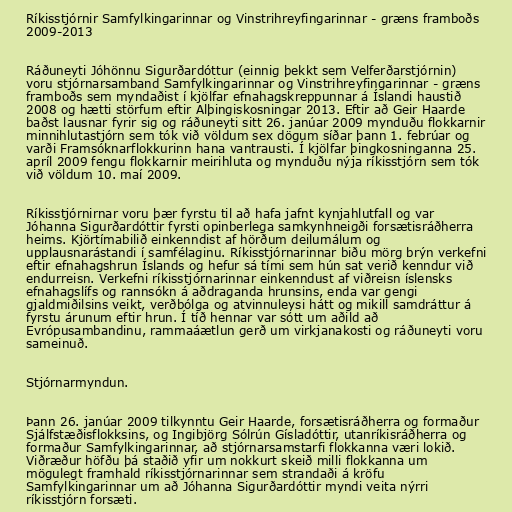
Ríkisstjórnir Samfylkingarinnar og Vinstrihreyfingarinnar - græns framboðs
2009-2013

Ráðuneyti Jóhönnu Sigurðardóttur (einnig þekkt sem Velferðarstjórnin)
voru stjórnarsamband Samfylkingarinnar og Vinstrihreyfingarinnar - græns
framboðs sem myndaðist í kjölfar efnahagskreppunnar á Íslandi haustið
2008 og hætti störfum eftir Alþingiskosningar 2013. Eftir að Geir Haarde
baðst lausnar fyrir sig og ráðuneyti sitt 26. janúar 2009 mynduðu flokkarnir
minnihlutastjórn sem tók við völdum sex dögum síðar þann 1. febrúar og
varði Framsóknarflokkurinn hana vantrausti. Í kjölfar þingkosninganna 25.
apríl 2009 fengu flokkarnir meirihluta og mynduðu nýja ríkisstjórn sem tók
við völdum 10. maí 2009.

Ríkisstjórnirnar voru þær fyrstu til að hafa jafnt kynjahlutfall og var
Jóhanna Sigurðardóttir fyrsti opinberlega samkynhneigði forsætisráðherra
heims. Kjörtímabilið einkenndist af hörðum deilumálum og
upplausnarástandi í samfélaginu. Ríkisstjórnarinnar biðu mörg brýn verkefni
eftir efnahagshrun Íslands og hefur sá tími sem hún sat verið kenndur við
endurreisn. Verkefni ríkisstjórnarinnar einkenndust af viðreisn íslensks
efnahagslífs og rannsókn á aðdraganda hrunsins, enda var gengi
gjaldmiðilsins veikt, verðbólga og atvinnuleysi hátt og mikill samdráttur á
fyrstu árunum eftir hrun. Í tíð hennar var sótt um aðild að
Evrópusambandinu, rammaáætlun gerð um virkjanakosti og ráðuneyti voru
sameinuð.

Stjórnarmyndun.

Þann 26. janúar 2009 tilkynntu Geir Haarde, forsætisráðherra og formaður
Sjálfstæðisflokksins, og Ingibjörg Sólrún Gísladóttir, utanríkisráðherra og
formaður Samfylkingarinnar, að stjórnarsamstarfi flokkanna væri lokið.
Viðræður höfðu þá staðið yfir um nokkurt skeið milli flokkanna um
mögulegt framhald ríkisstjórnarinnar sem strandaði á kröfu
Samfylkingarinnar um að Jóhanna Sigurðardóttir myndi veita nýrri
ríkisstjórn forsæti.